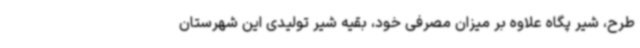
طرح، شیر پگاه علاوه بر میزان مصرفی خود، بقیه شیر تولیدی این شهرستان